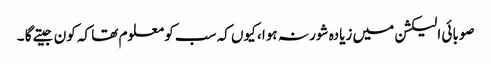
صوبائی الیکشن میں زیادہ شور نہ ہوا ، کیوں کہ سب کو معلوم تھا کہ کون جیتے گا ۔